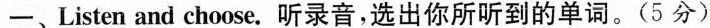
一、Listen and choose.听录音,选出你所听到的单词.(5分)